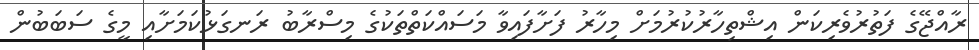
ރާއްޖޭގެ ފަތުރުވެރިކަން އިޝްތިހާރުކުރުމަށް މިހާރު ފަށާފައިވާ މަސައްކަތްތަކުގެ މިސްރާބު ރަނގަޅުކަމަށާއި މީގެ ސަބަބުން